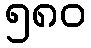
၅၈၀